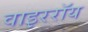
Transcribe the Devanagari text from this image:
वाइररॉय